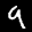
Label: 9